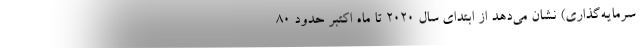
سرمایه‌گذاری) نشان می‌دهد از ابتدای سال ۲۰۲۰ تا ماه اکتبر حدود ۸۰